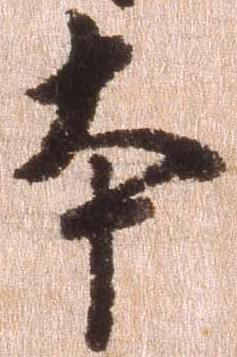
本